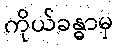
ကိုယ်ခန္ဓာမှ